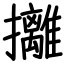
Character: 攡